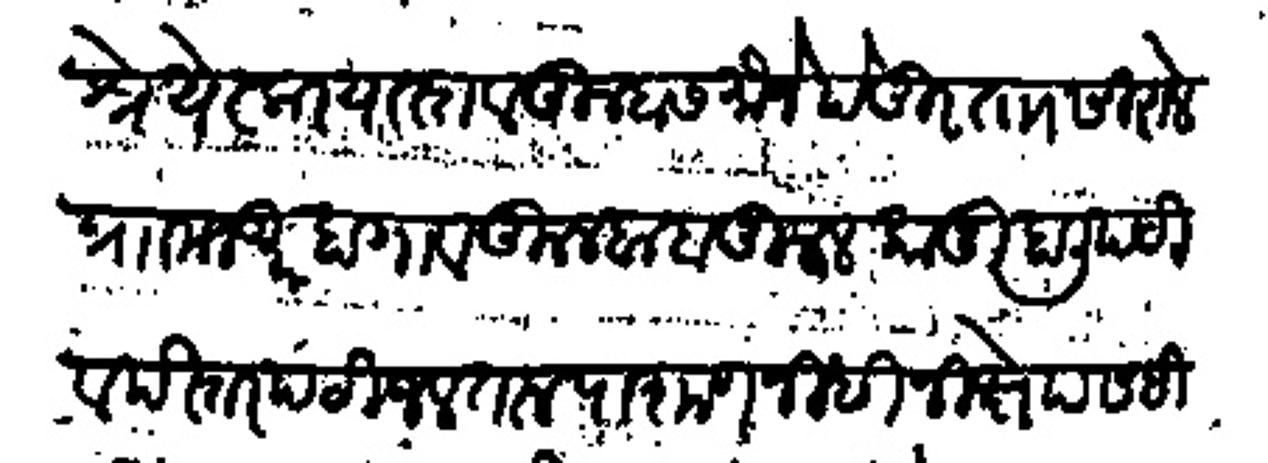
Transliteration (Devanagari): श्रेयेस्कर यास्तव तुम्हास मौजे पेदूर ता सिराले प्रा मजकुर हा गाव कुलबाब कूल कानू हाली पटी व पेस्तरपटी जल तरु पाषाण नीधी निक्षेप सहीत